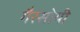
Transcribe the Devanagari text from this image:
गैरसोयी